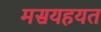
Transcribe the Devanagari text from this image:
मसयहयत